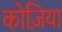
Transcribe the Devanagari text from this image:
कोज़िया